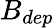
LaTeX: B_{dep}